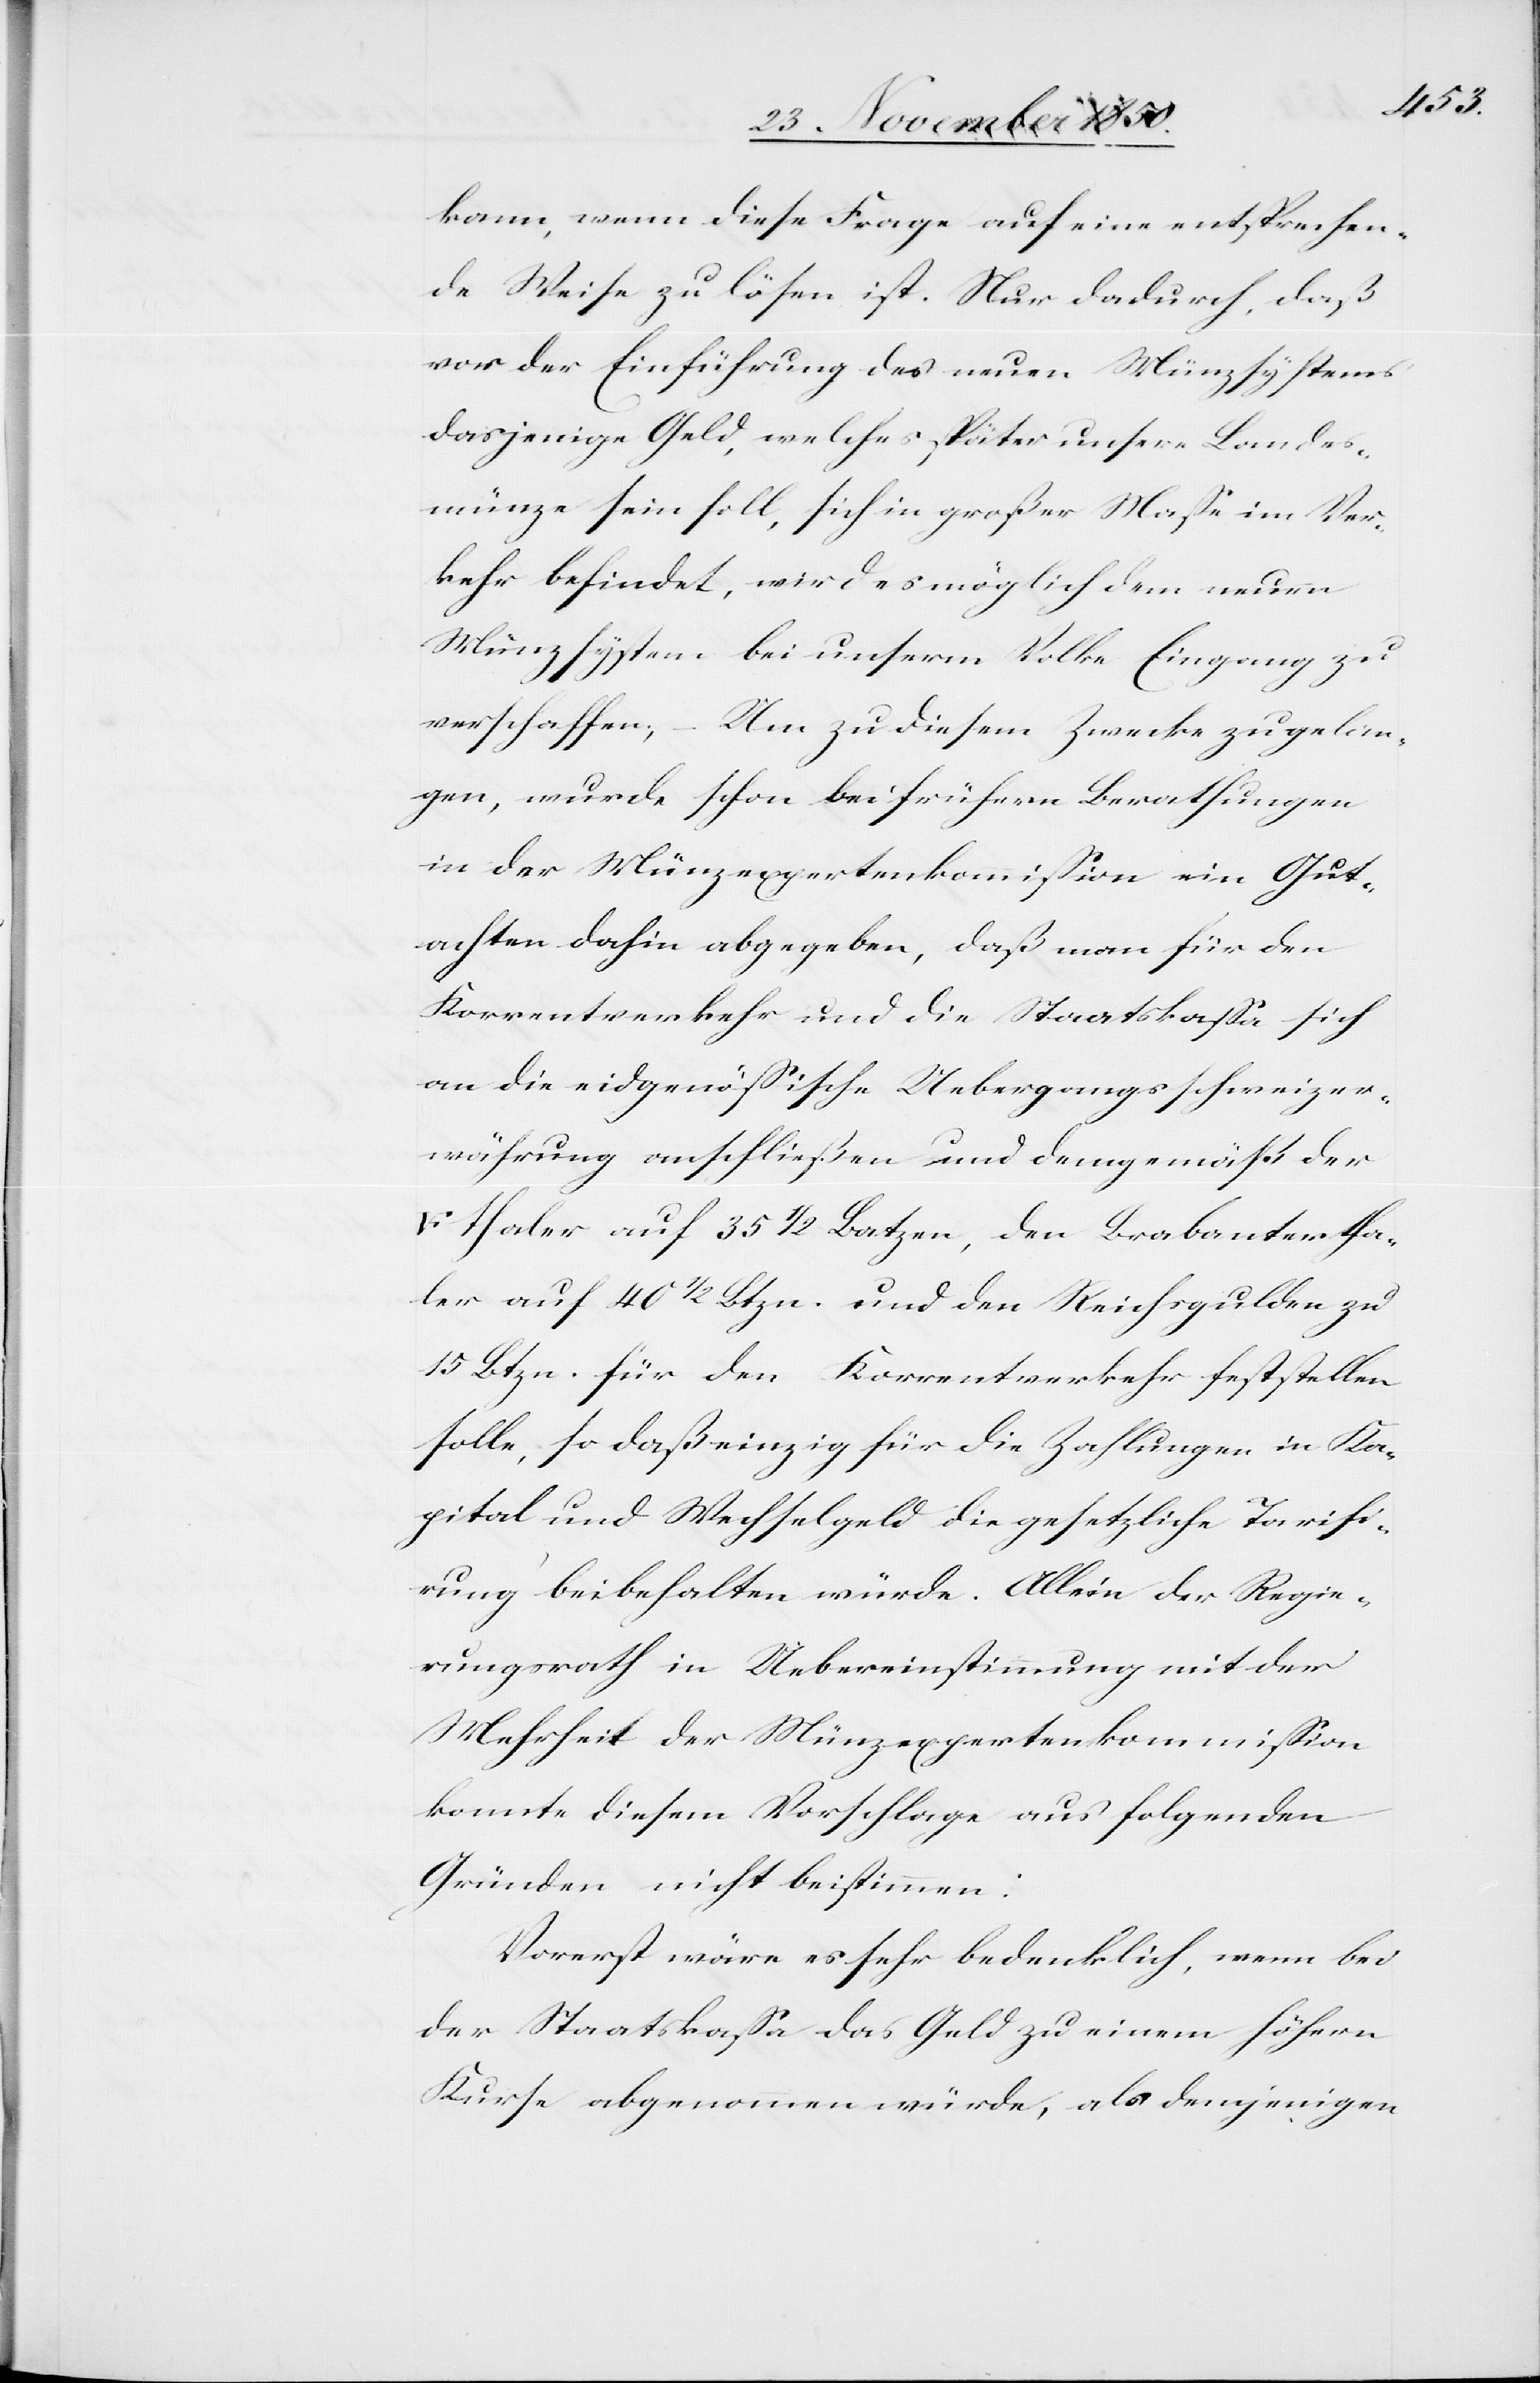
frank¬
kann, wenn diese Frage auf eine entsprechen¬
de Weise zu lösen ist. Nur dadurch, daß
vor der Einführung des neuen Münzsystems
dasjenige Geld, welches später unsere Landes¬
münze sein soll, sich in großer Masse im Ver¬
kehr befindet, wird es möglich dem neuen
Münzsystem bei unserm Volke Eingang zu
verschaffen, – Um zu diesem Zwecke zu gelan¬
gen, wurde schon bei frühern Berathungen
in der Münzexpertenkommission ein Gut¬
achten dahin abgegeben, daß man für den
Korrentverkehr und die Staatskassa sich
an die eidgenössische Uebergangsschweizer¬
währung anschließen und demgemäß der
en]thaler auf 35 1/2 Batzen, den Brabantertha¬
ler auf 40 1/2 Btzn. und den Reichsgulden zu
15 Btzn. für den Korrentverkehr feststellen
solle, so daß einzig für die Zahlungen in Ka¬
pital und Wechselgeld die gesetzliche Tarifi¬
rung beibehalten würde. Allein der Regie¬
rungsrath in Uebereinstimmung mit der
Mehrheit der Münzexpertenkommission
konnte diesem Vorschlage aus folgenden
Gründen nicht beistimmen:
Vorerst wäre es sehr bedenklich, wenn bei
der Staatskassa das Geld zu einem höhern
Kurse abgenommen würde, als demjenigen